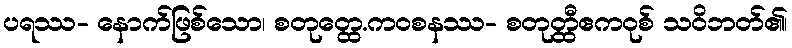
ပရဿ- နောက်ဖြစ်သော၊ စတုတ္ထေ.ကဝစနဿ- စတုတ္ထီဧကဝုစ် သဝိဘတ်၏၊